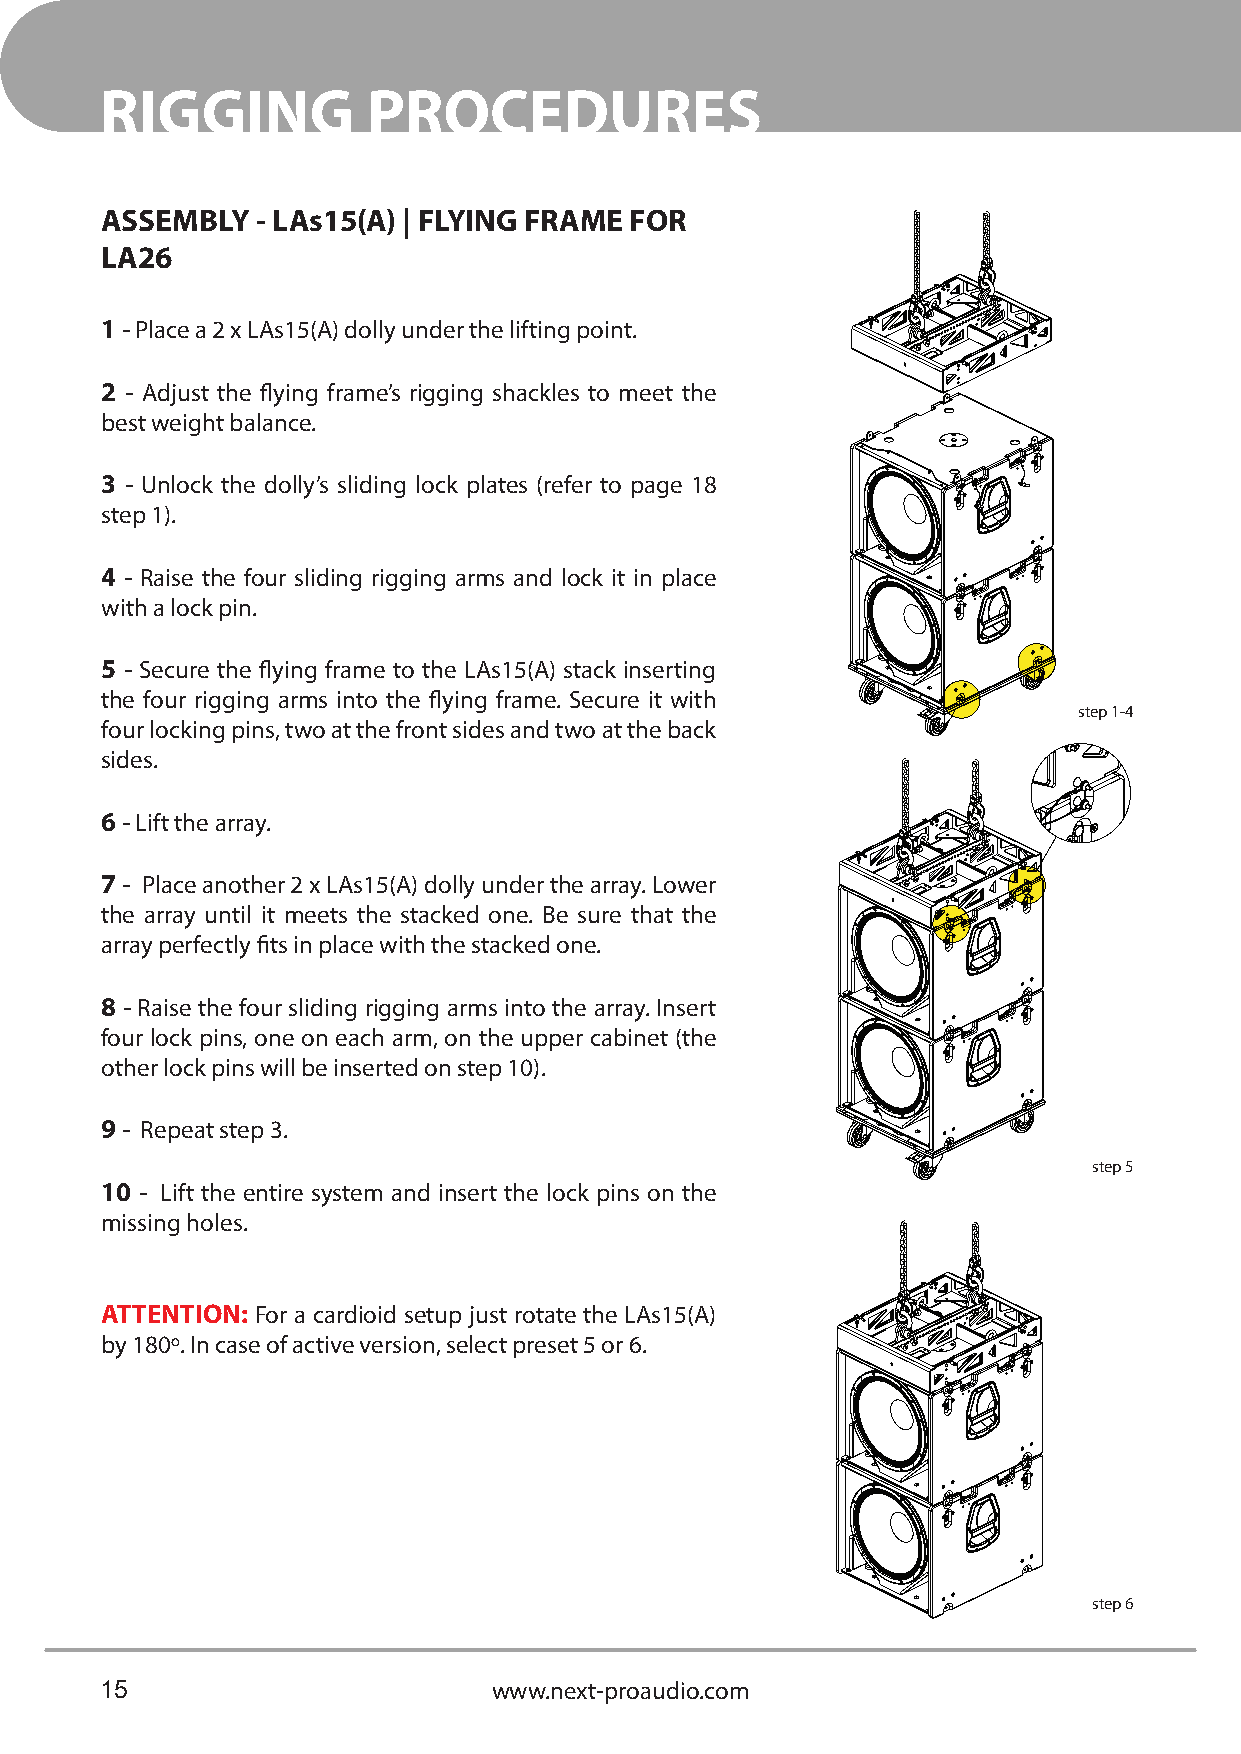
RIGGING          PROCEDURES
 ASSEMBLY  - LAs15(A) | FLYING FRAME FOR
 LA26
 1 - Place a 2 x LAs15(A) dolly under the lifting point.
 2 - Adjust the flying frame’s rigging shackles to meet the
 best weight balance.
 3 - Unlock the dolly’s sliding lock plates (refer to page 18
 step 1).
 4 - Raise the four sliding rigging arms and lock it in place
 with a lock pin.
 5 - Secure the flying frame to the LAs15(A) stack inserting
 the four rigging arms into the flying frame. Secure it with
 step 1-4
 four locking pins, two at the front sides and two at the back
 sides.
 6 - Lift the array.
 7 - Place another 2 x LAs15(A) dolly under the array. Lower
 the array until it meets the stacked one. Be sure that the
 array perfectly fits in place with the stacked one.
 8 - Raise the four sliding rigging arms into the array. Insert
 four lock pins, one on each arm, on the upper cabinet (the
 other lock pins will be inserted on step 10).
 9 - Repeat step 3.
 step 5
 10 - Lift the entire system and insert the lock pins on the
 missing holes.
 ATTENTION: For a cardioid setup just rotate the LAs15(A)
 by 180º. In case of active version, select preset 5 or 6.
 step 6
 15                        www.next-proaudio.com